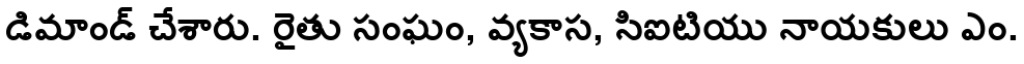
డిమాండ్ చేశారు. రైతు సంఘం, వ్యకాస, సిఐటియు నాయకులు ఎం.